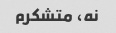
نه، متشکرم